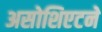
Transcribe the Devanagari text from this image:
असोशिएटने